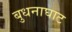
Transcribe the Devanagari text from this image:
बुधनाघाट